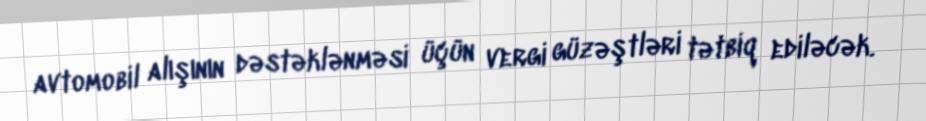
avtomobil alışının dəstəklənməsi üçün vergi güzəştləri tətbiq ediləcək.